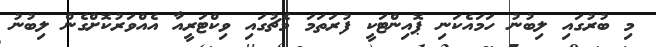
މި ބުރުގައި ލިބުނު ހަމައެކަނި ޕޮއިންޓަކީ ފުރަތަމަ މެޗުގައި ވިކްޓަރީއާ އެއްވަރުކޮށްގެން ލިބުނު